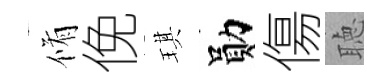
脩俛琪勛傷聴